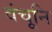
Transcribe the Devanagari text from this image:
वंचूनि